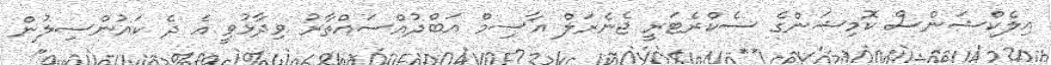
އިލެކްޝަންސް ކޮމިޝަންގެ ސެކްރެޓަރީ ޖެނެރަލް އާސިމް އަބްދުއްސައްތާރު ވިދާޅުވީ އެ ދެ ކައުންސިލުން